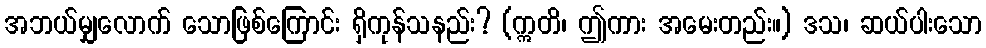
အဘယ်မျှလောက် သောဖြစ်ကြောင်း ရှိကုန်သနည်း? (ဣတိ၊ ဤကား အမေးတည်း။) ဒသ၊ ဆယ်ပါးသော